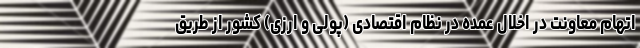
اتهام معاونت در اخلال عمده در نظام اقتصادی (پولی و ارزی) کشور از طریق